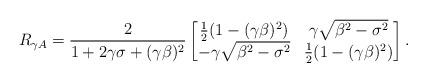
LaTeX: \begin{align*}R_{\gamma A} &=\frac{2}{1+2\gamma \sigma+(\gamma \beta)^2}\begin{bmatrix} \tfrac{1}{2}(1-(\gamma\beta)^2) & \gamma\sqrt{\beta^2-\sigma^2}\\-\gamma\sqrt{\beta^2-\sigma^2}& \tfrac{1}{2}(1-(\gamma\beta)^2)\end{bmatrix}.\end{align*}